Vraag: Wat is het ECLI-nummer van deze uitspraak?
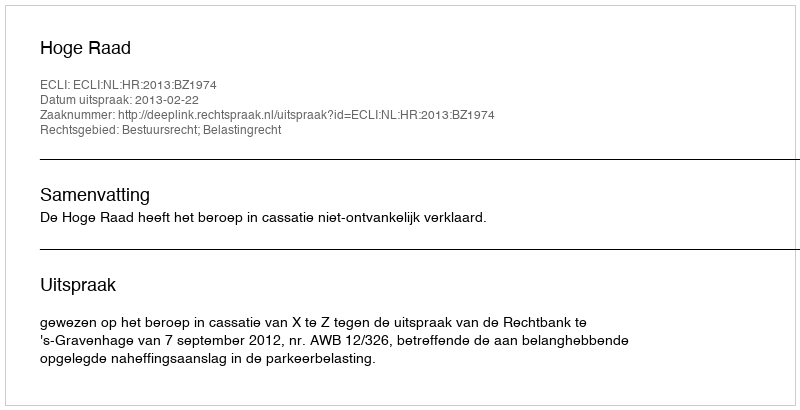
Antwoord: ECLI:NL:HR:2013:BZ1974